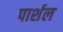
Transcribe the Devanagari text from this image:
पार्शल